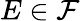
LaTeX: E\in{\mathcal{F}}